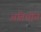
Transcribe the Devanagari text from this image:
अतिथीनॆ